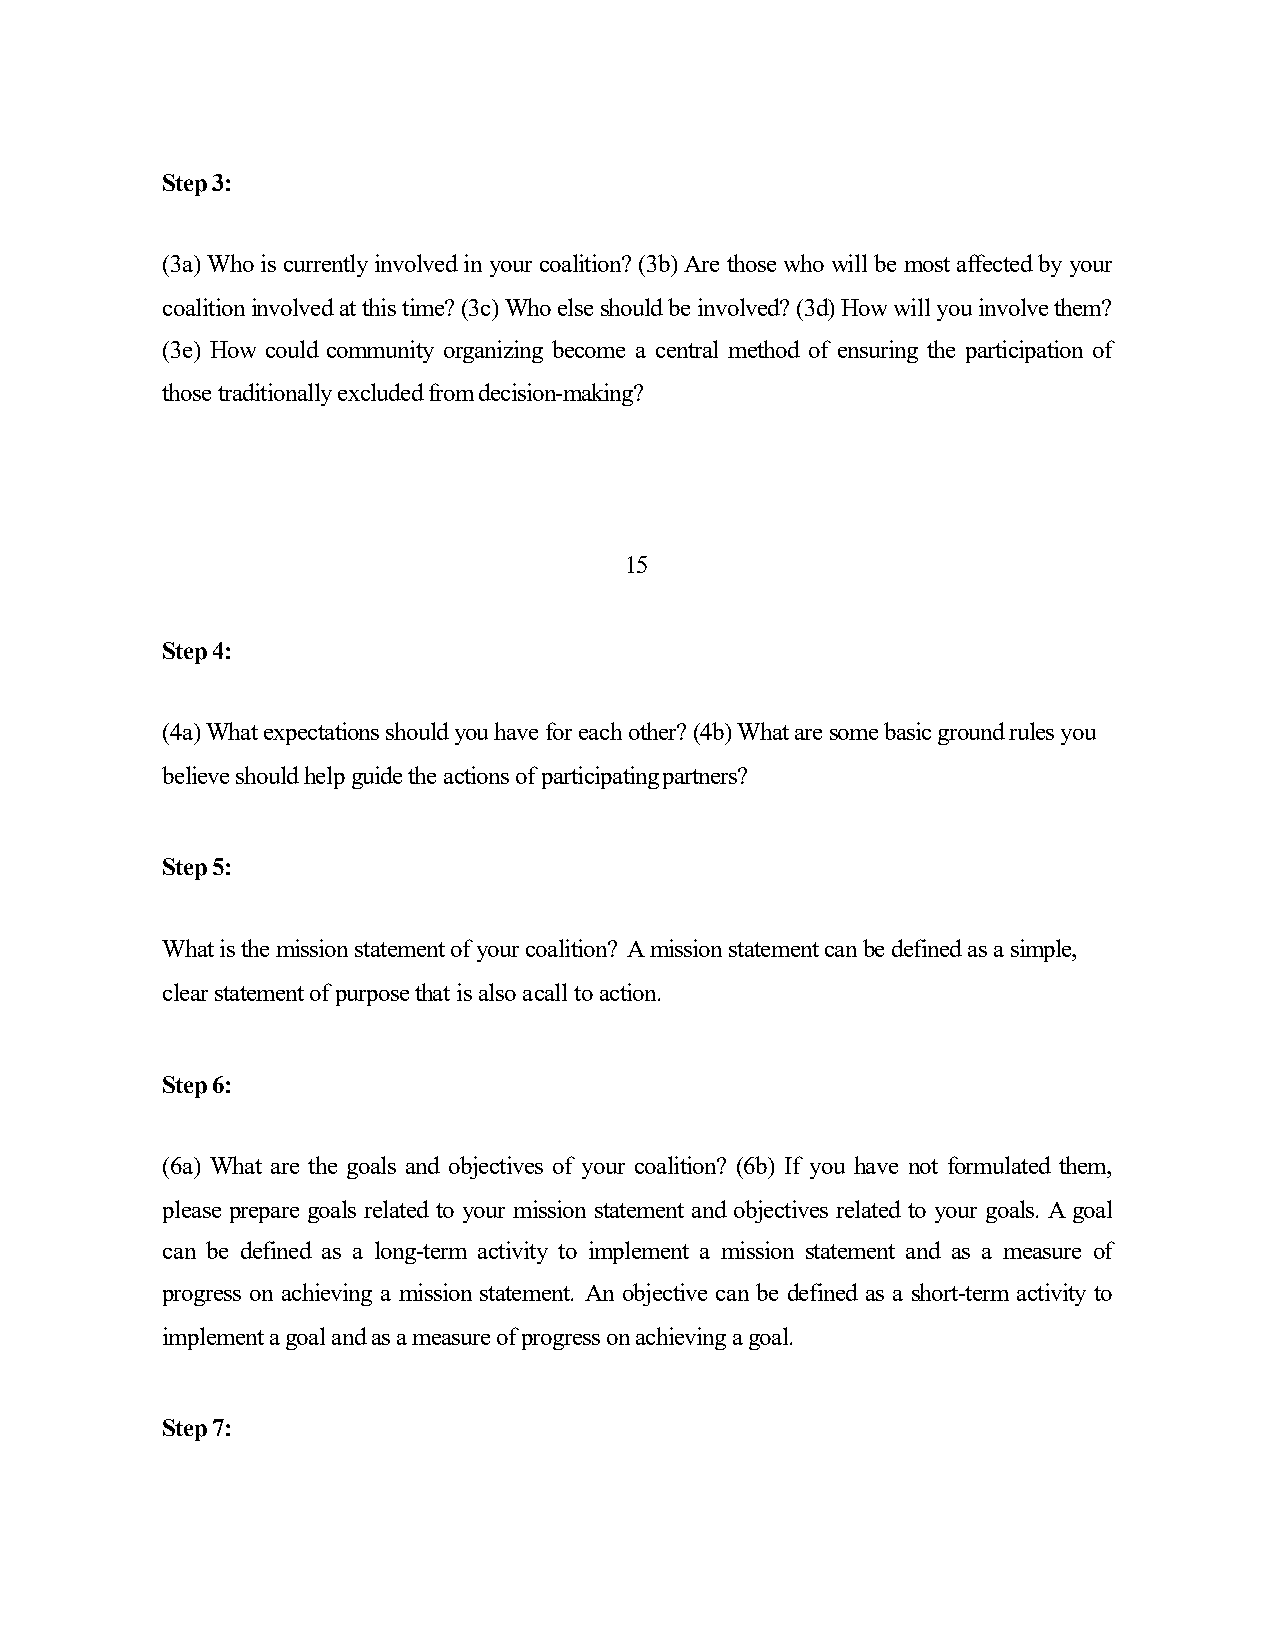
Step3:
 (3a) Whois currentlyinvolvedin your coalition?(3b) Are thosewhowill be most affectedby your
 coalitioninvolvedatthistime?(3c)Whoelseshouldbeinvolved?(3d)Howwillyouinvolvethem?
 (3e) How could community organizing become a central method of ensuring the participation of
 thosetraditionallyexcludedfromdecision-making?
 15
 Step4:
 (4a) What expectations should you have for each other? (4b) What are some basic ground rules you
 believe should help guide the actions of participatingpartners?
 Step5:
 What is the mission statement of your coalition? A mission statement can be defined as a simple,
 clear statement of purpose that is also acall to action.
 Step6:
 (6a) What are the goals and objectives of your coalition? (6b) If you have not formulated them,
 please prepare goals related to your mission statement and objectives related to your goals. Agoal
 can be defined as a long-term activity to implement a mission statement and as a measure of
 progress on achieving a mission statement. An objective can be defined as a short-term activity to
 implementagoalandasameasureofprogressonachievingagoal.
 Step7: